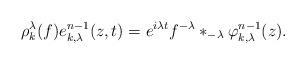
LaTeX: \begin{align*} \rho^{\lambda}_{k}(f)e^{n-1}_{k,\lambda}(z,t)= e^{i \lambda t} f^{-\lambda} \ast_{-\lambda} \varphi_{k,\lambda}^{n-1}(z).\end{align*}